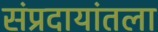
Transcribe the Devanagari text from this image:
संप्रदायांतला